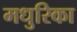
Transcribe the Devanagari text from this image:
मधुरिका